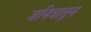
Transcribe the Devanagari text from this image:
जनित्रातून